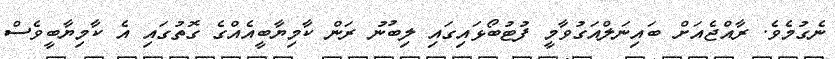
ނެގުމެވެ. ރާއްޖެއަށް ބައިނަލްއަގުވާމީ ފުޓުބޯޅައިގައި ލިބުނު ރަން ކާމިޔާބީއެއްގެ ގޮތުގައި އެ ކާމިޔާބީވެސް